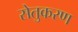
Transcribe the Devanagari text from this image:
सेतुकरण